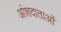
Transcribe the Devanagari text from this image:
आंशदाताओं